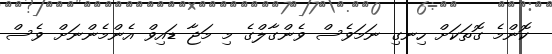
ކޮންމެ ގޮތަކަށް ހިނގި ނަމަވެސް ވެންގާލްގެ މި މަޖާ ޑައިވް އެންމެންނަށް ވެސް